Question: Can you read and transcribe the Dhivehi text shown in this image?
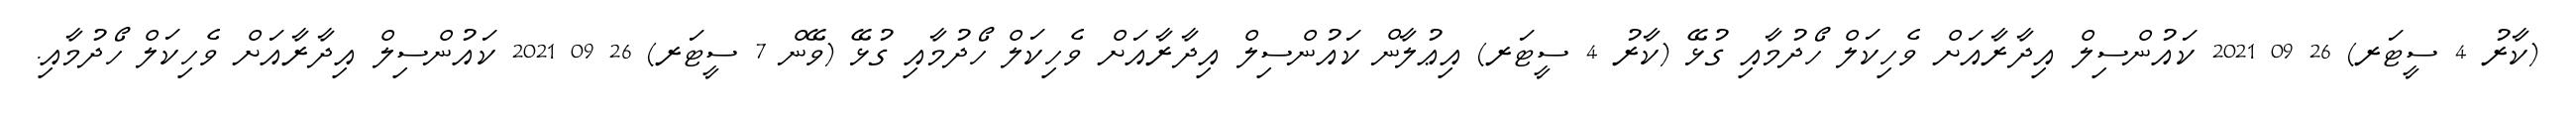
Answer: (ކާރު 4 ސީޓަރ) 26 09 2021 ކައުންސިލް އިދާރާއަށް ވެހިކަލް ހޯދުމާއި ގުޅޭ (ކާރު 4 ސީޓަރ) އިޢުލާން ކައުންސިލް އިދާރާއަށް ވެހިކަލް ހޯދުމާއި ގުޅޭ (ވޭން 7 ސީޓަރ) 26 09 2021 ކައުންސިލް އިދާރާއަށް ވެހިކަލް ހޯދުމާއި.